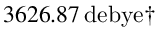
3 6 2 6 . 8 7 \, \mathrm { d e b y e } \dagger